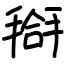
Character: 搿